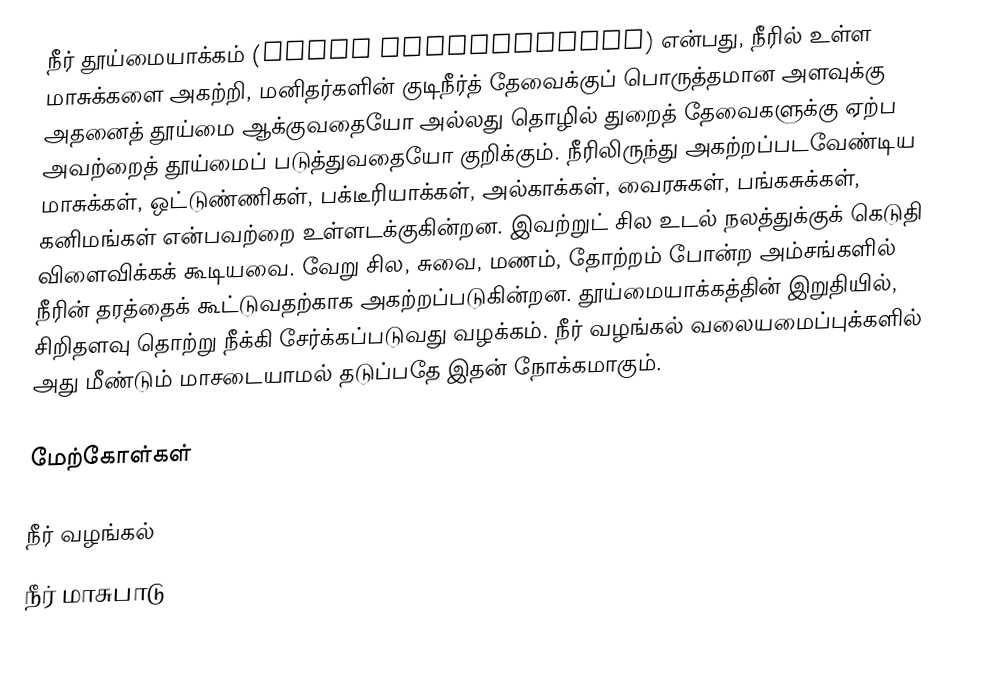
நீர் தூய்மையாக்கம் (Water purification) என்பது, நீரில் உள்ள மாசுக்களை அகற்றி, மனிதர்களின் குடிநீர்த் தேவைக்குப் பொருத்தமான அளவுக்கு அதனைத் தூய்மை ஆக்குவதையோ அல்லது தொழில் துறைத் தேவைகளுக்கு ஏற்ப அவற்றைத் தூய்மைப் படுத்துவதையோ குறிக்கும். நீரிலிருந்து அகற்றப்படவேண்டிய மாசுக்கள், ஒட்டுண்ணிகள், பக்டீரியாக்கள், அல்காக்கள், வைரசுகள், பங்கசுக்கள், கனிமங்கள் என்பவற்றை உள்ளடக்குகின்றன. இவற்றுட் சில உடல் நலத்துக்குக் கெடுதி விளைவிக்கக் கூடியவை. வேறு சில, சுவை, மணம், தோற்றம் போன்ற அம்சங்களில் நீரின் தரத்தைக் கூட்டுவதற்காக அகற்றப்படுகின்றன. தூய்மையாக்கத்தின் இறுதியில், சிறிதளவு தொற்று நீக்கி சேர்க்கப்படுவது வழக்கம். நீர் வழங்கல் வலையமைப்புக்களில் அது மீண்டும் மாசடையாமல் தடுப்பதே இதன் நோக்கமாகும்.

மேற்கோள்கள்

நீர் வழங்கல்
நீர் மாசுபாடு